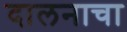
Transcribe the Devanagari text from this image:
दालनाचा